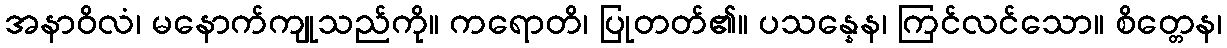
အနာဝိလံ၊ မနောက်ကျုသည်ကို။ ကရောတိ၊ ပြုတတ်၏။ ပသန္နေန၊ ကြင်လင်သော။ စိတ္တေန၊